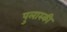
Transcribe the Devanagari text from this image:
पुलास्की